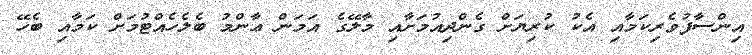
އިންސާފުވެރިކަމާއި އެކު ކުރިޔަށް ގެންދިއުމަށާއި މާލޭގެ އަމަން ޢާންމު ބެލެހެއްޓުމަށް ކަމާއި ބެހޭ